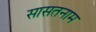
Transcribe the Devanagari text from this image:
सासतनाम